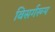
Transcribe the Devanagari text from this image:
विसर्गरूप